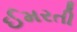
ઈમરતી